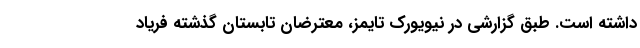
داشته است. طبق گزارشی در نیویورک تایمز، معترضان تابستان گذشته فریاد